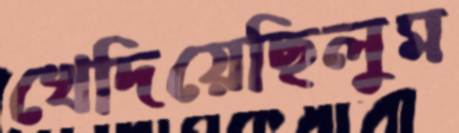
খেদিয়েছিলুম